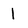
Character: l